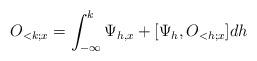
LaTeX: \begin{align*}O_{<k;x} = \int_{-\infty}^k \Psi_{h,x} + [\Psi_h, O_{<h;x}] dh\end{align*}